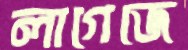
লাগেজে